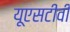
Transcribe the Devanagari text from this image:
यूएसटीवी